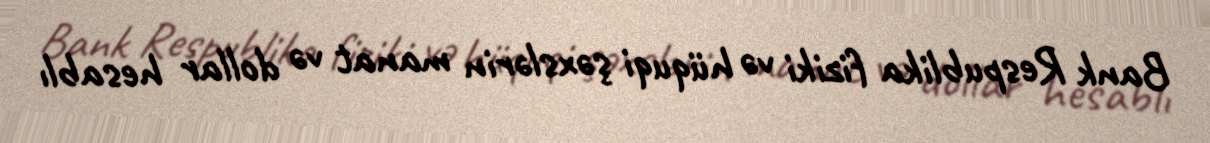
Bank Respublika fiziki və hüquqi şəxslərin manat və dollar hesablı